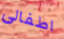
اطفالي